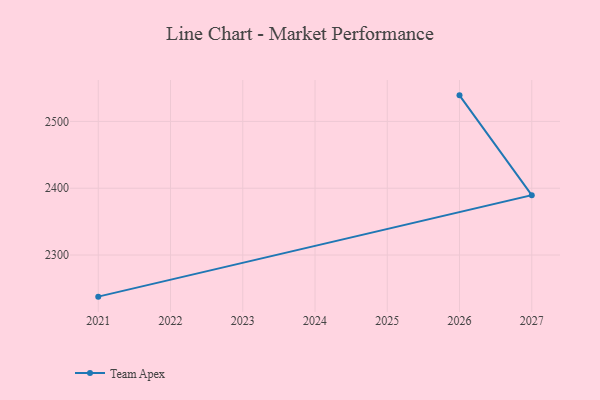
{"axis": {"x": "Year", "y": "Churn Rate (%)"}, "legend": ["Team Apex"], "data": [{"x": "2021", "y": 2237.7, "type": "Team Apex"}, {"x": "2027", "y": 2389.5, "type": "Team Apex"}, {"x": "2026", "y": 2539.0, "type": "Team Apex"}]}